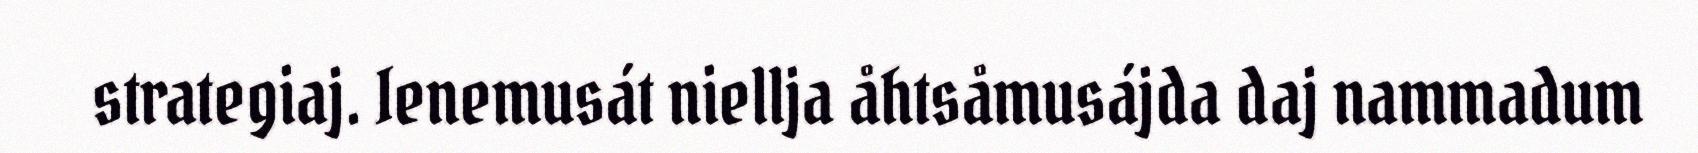
strategiaj. Ienemusát niellja åhtsåmusájda daj nammadum